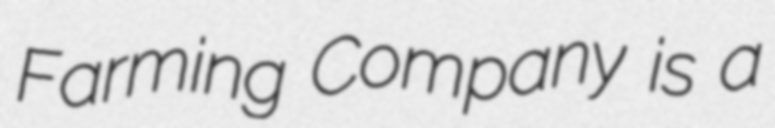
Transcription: Farming Company is a